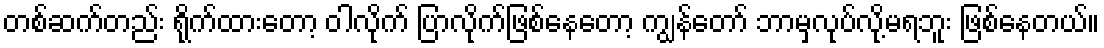
တစ်ဆက်တည်း ရိုက်ထားတော့ ဝါလိုက် ပြာလိုက်ဖြစ်နေတော့ ကျွန်တော် ဘာမှလုပ်လို့မရဘူး ဖြစ်နေတယ်။